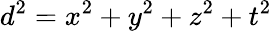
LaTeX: d^{2}=x^{2}+y^{2}+z^{2}+t^{2}